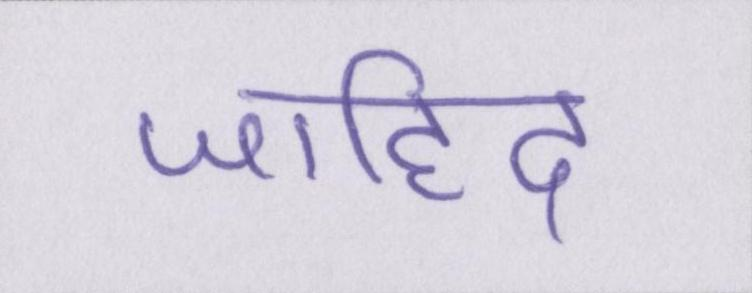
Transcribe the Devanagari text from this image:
जाहिद